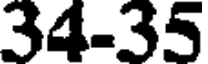
34-35